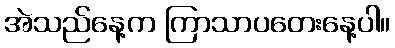
အဲသည်နေ့က ကြာသာပတေးနေ့ပါ။